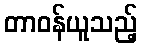
တာဝန်ယူသည့်